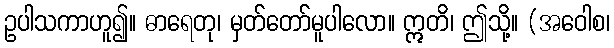
ဥပါသကာဟူ၍။ ဓာရေတု၊ မှတ်တော်မူပါလော။ ဣတိ၊ ဤသို့။ (အဝေါစ၊